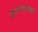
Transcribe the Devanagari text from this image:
भुषवण्याचा